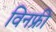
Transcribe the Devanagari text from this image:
विनफ्री